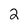
Character: 2